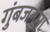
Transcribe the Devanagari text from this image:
गुंबजनुमा